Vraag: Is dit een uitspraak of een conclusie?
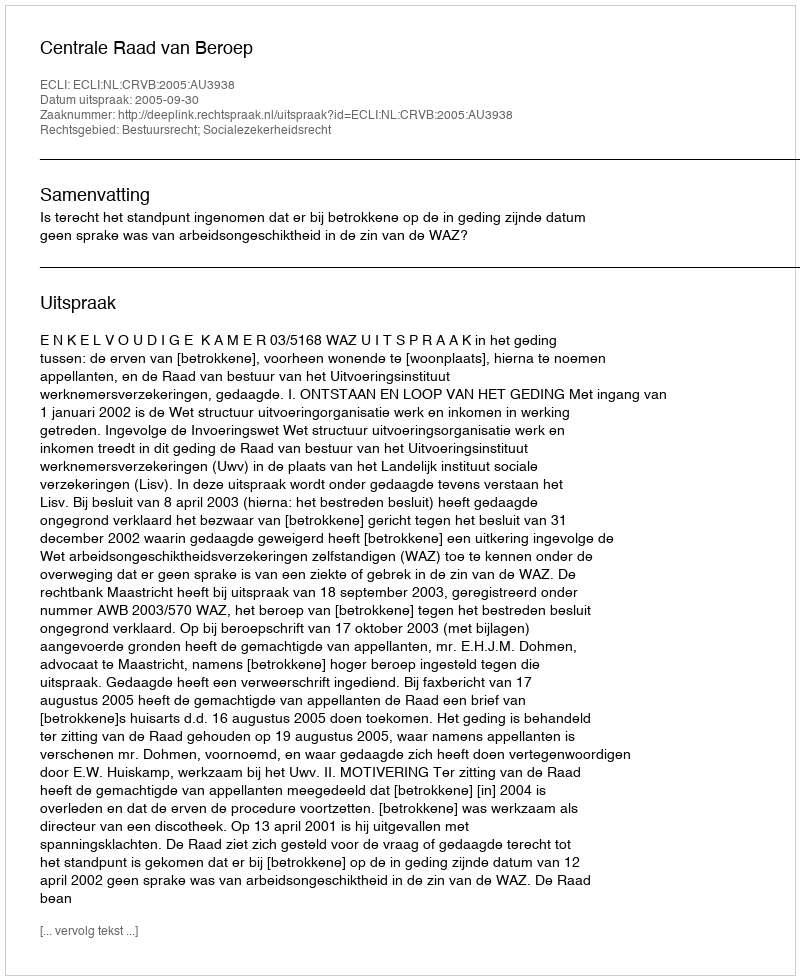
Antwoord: Uitspraak